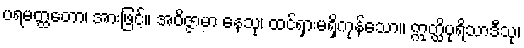
ပရမတ္ထတော၊ အားဖြင့်။ အဝိဇ္ဇာမာ နေသု၊ ထင်ရှားမရှိကုန်သော။ ဣတ္ထိပုရိသာဒီသု၊